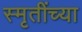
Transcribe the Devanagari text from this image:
स्मृतींच्या